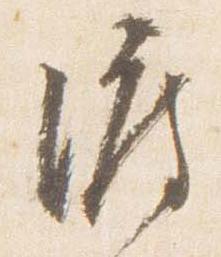
渡